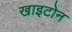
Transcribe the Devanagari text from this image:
खाइटोन